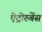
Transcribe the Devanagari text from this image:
ऐट्रोरुबेंस